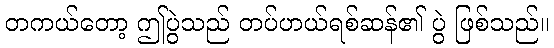
တကယ်တော့ ဤပွဲသည် တပ်ဟယ်ရစ်ဆန်၏ ပွဲ ဖြစ်သည်။